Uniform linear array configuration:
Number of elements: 4
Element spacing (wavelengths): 0.75
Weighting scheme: exponential
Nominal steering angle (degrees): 15
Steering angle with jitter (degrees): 14.415
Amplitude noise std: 0.05
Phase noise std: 0.05

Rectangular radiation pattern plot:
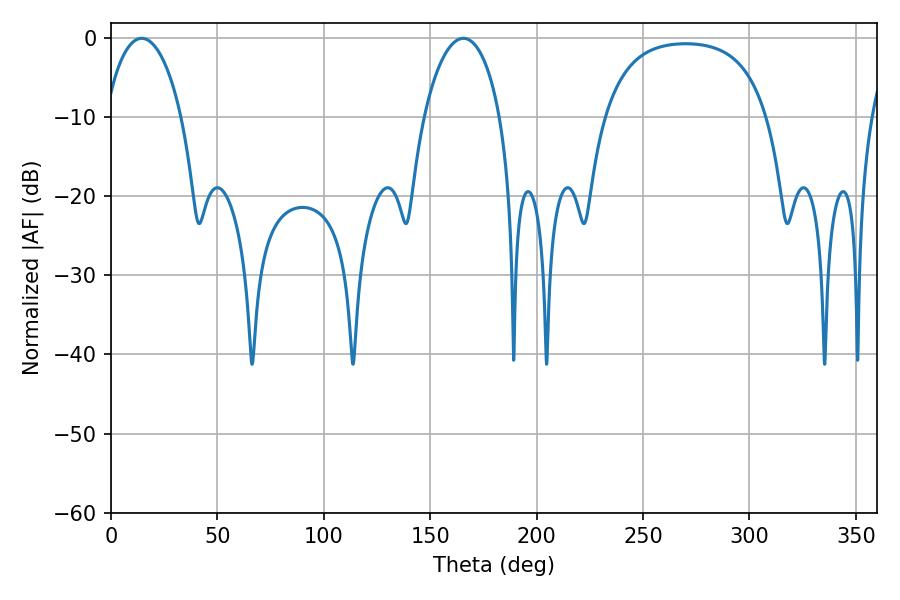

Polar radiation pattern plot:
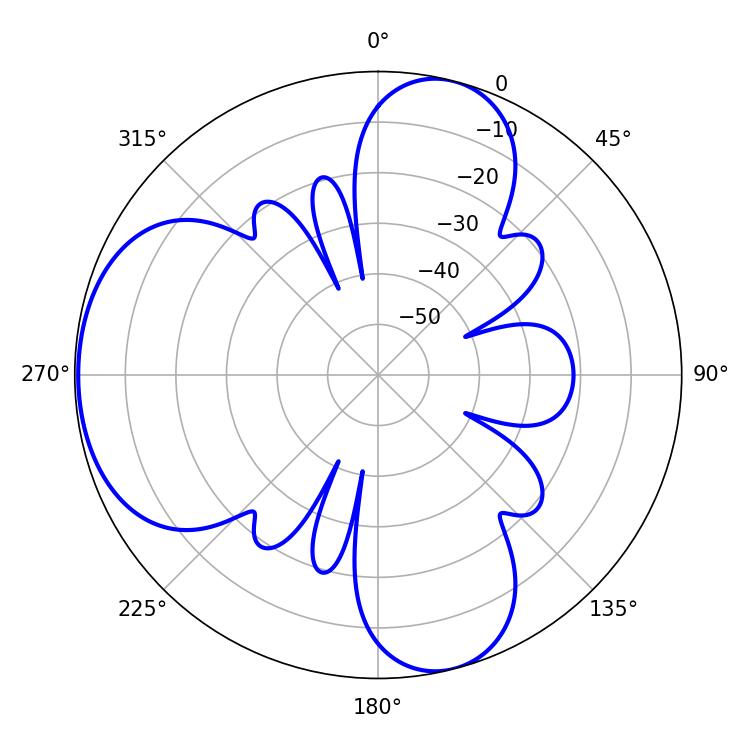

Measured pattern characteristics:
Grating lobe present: TRUE
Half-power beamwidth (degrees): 20.34
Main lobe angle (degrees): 14.4